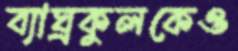
ব্যাঘ্রকুলকেও